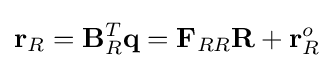
\mathbf {r} _{R}=\mathbf {B} _{R}^{T}\mathbf {q} =\mathbf {F} _{RR}\mathbf {R} +\mathbf {r} _{R}^{o}